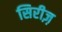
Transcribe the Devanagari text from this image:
सिरीज़़